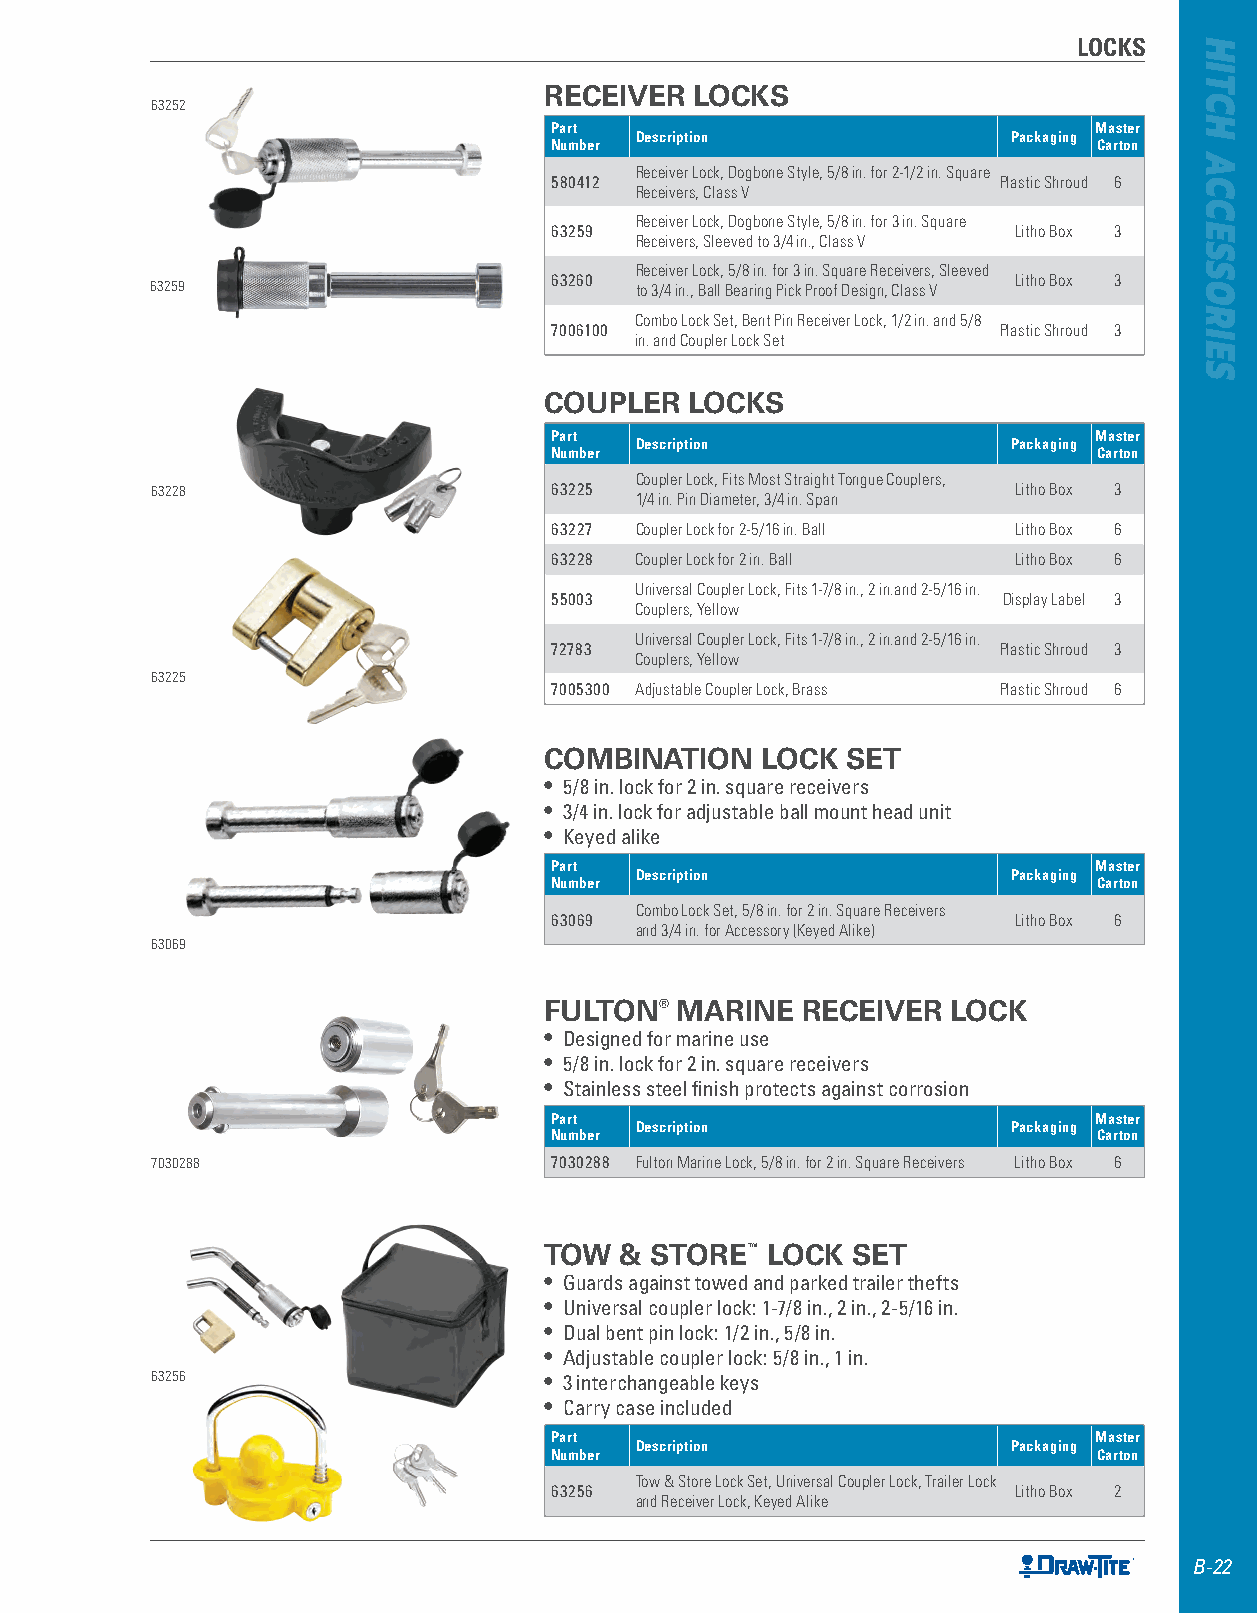
LOCKS
 RECEIVER  LOCKS
 63252
 Part                                Master
 Description              Packaging
 Number                               Carton
 Receiver Lock, Dogbone Style, 5/8 in. for 2-1/2 in. Square
 580412                        Plastic Shroud 6
 Receivers, Class V
 Receiver Lock, Dogbone Style, 5/8 in. for 3 in. Square
 63259                          Litho Box 3
 Receivers, Sleeved to 3/4 in., Class V
 Receiver Lock, 5/8 in. for 3 in. Square Receivers, Sleeved
 63259                     63260 to 3/4 in., Ball Bearing Pick Proof Design, Class V Litho Box 3
 Combo Lock Set, Bent Pin Receiver Lock, 1/2 in. and 5/8
 7006100                       Plastic Shroud 3
 in. and Coupler Lock Set
 COUPLER   LOCKS
 Part                                Master
 Description              Packaging
 Number                               Carton
 Coupler Lock, Fits Most Straight Tongue Couplers,
 63228                     63225                          Litho Box 3
 1/4 in. Pin Diameter, 3/4 in. Span
 63227 Coupler Lock for 2-5/16 in. Ball Litho Box 6
 63228 Coupler Lock for 2 in. Ball Litho Box 6
 Universal Coupler Lock, Fits 1-7/8 in., 2 in.and 2-5/16 in.
 55003                         Display Label 3
 Couplers, Yellow
 Universal Coupler Lock, Fits 1-7/8 in., 2 in.and 2-5/16 in.
 72783                         Plastic Shroud 3
 Couplers, Yellow
 63225
 7005300 Adjustable Coupler Lock, Brass Plastic Shroud 6
 COMBINATION   LOCK  SET
 • 5/8 in . lock for 2 in . square receivers
 • 3/4 in . lock for adjustable ball mount head unit
 • Keyed alike
 Part                                Master
 Description              Packaging
 Number                               Carton
 Combo Lock Set, 5/8 in. for 2 in. Square Receivers
 63069                          Litho Box 6
 and 3/4 in. for Accessory (Keyed Alike)
 63069
 FULTON®  MARINE  RECEIVER  LOCK
 • Designed for marine use
 • 5/8 in . lock for 2 in . square receivers
 • Stainless steel finish protects against corrosion
 Part                                Master
 Description              Packaging
 Number                               Carton
 7030288                   7030288 Fulton Marine Lock, 5/8 in. for 2 in. Square Receivers Litho Box 6
 TOW  & STORE™  LOCK SET
 • Guards against towed and parked trailer thefts
 • Universal coupler lock: 1-7/8 in ., 2 in ., 2-5/16 in .
 • Dual bent pin lock: 1/2 in ., 5/8 in .
 • Adjustable coupler lock: 5/8 in ., 1 in .
 63256                     • 3 interchangeable keys
 • Carry case included
 Part                                Master
 Description              Packaging
 Number                               Carton
 Tow & Store Lock Set, Universal Coupler Lock, Trailer Lock
 63256                          Litho Box 2
 and Receiver Lock, Keyed Alike
 B-22
 HITCH
 ACCESSORIES